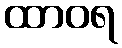
ထာဝရ